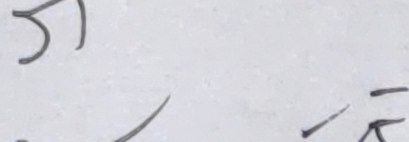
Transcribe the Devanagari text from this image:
३)